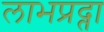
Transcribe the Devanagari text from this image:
लाभप्रद्ता